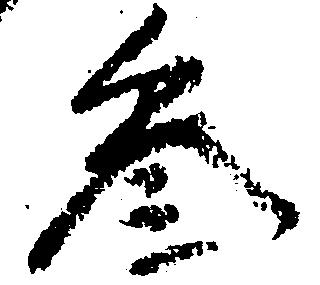
参